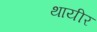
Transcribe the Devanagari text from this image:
थायीर